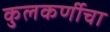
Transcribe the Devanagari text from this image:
कुलकर्णीचा